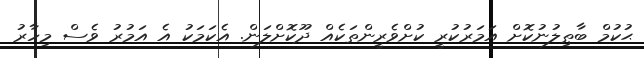
ޙުކުމް ބާޠިލުނުކޮށް އަމަރުކުރީ ކުށްވެރީންތަކެއް ދޫކޮށްލަން. އެކަމަކު އެ އަމުރު ވެސް މިހާރު